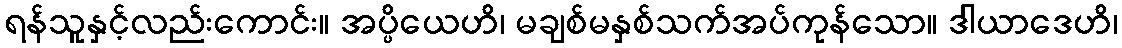
ရန်သူနှင့်လည်းကောင်း။ အပ္ပိယေဟိ၊ မချစ်မနှစ်သက်အပ်ကုန်သော။ ဒါယာဒေဟိ၊